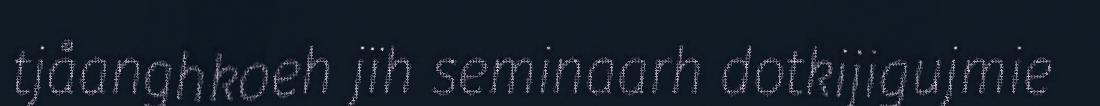
tjåanghkoeh jïh seminaarh dotkijigujmie